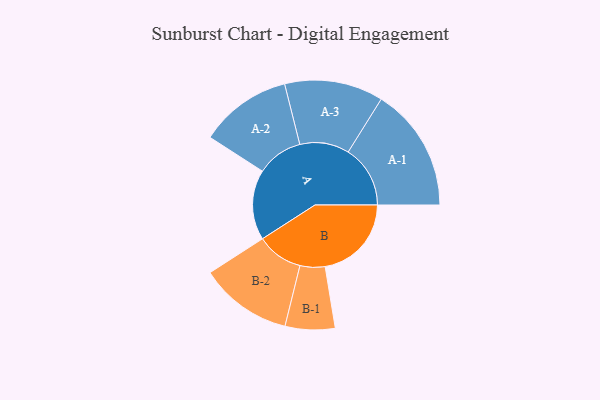
{"axis": {"x": "Segment", "y": "Value"}, "legend": ["", "A", "B"], "data": [{"x": "A", "y": 304, "type": ""}, {"x": "B", "y": 374, "type": ""}, {"x": "A-1", "y": 269, "type": "A"}, {"x": "A-2", "y": 200, "type": "A"}, {"x": "A-3", "y": 214, "type": "A"}, {"x": "B-1", "y": 108, "type": "B"}, {"x": "B-2", "y": 201, "type": "B"}]}